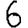
Digit: 6